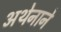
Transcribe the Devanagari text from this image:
अथेनाने